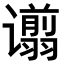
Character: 𫍿